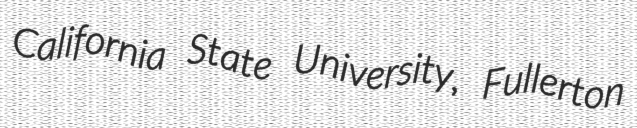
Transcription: California State University, Fullerton